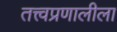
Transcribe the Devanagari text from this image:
तत्त्वप्रणालीला